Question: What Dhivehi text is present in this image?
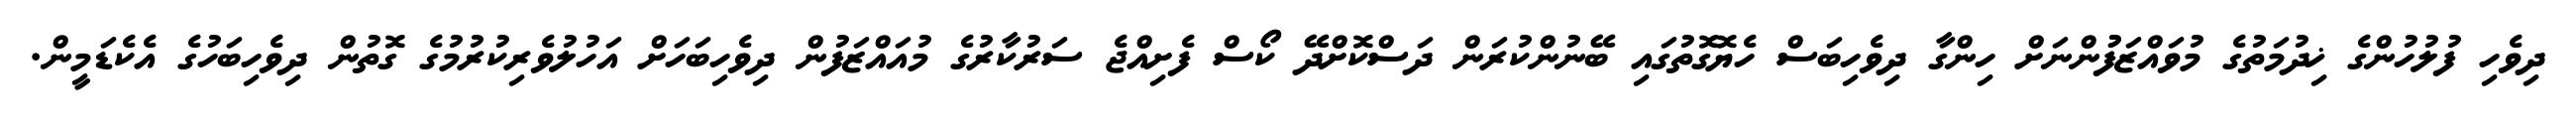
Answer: ދިވެހި ފުލުހުންގެ ޚިދުމަތުގެ މުވައްޒަފުުންނަށް ހިންގާ ދިވެހިބަސް ހެޔޮގޮތުގައި ބޭނުންކުރަން ދަސްކޮށްދޭ ކޯސް ފެށިއްޖެ ސަރުކާރުގެ މުއައްޒަފުން ދިވެހިބަހަށް އަހުލުވެރިކުރުމުގެ ގޮތުން ދިވެހިބަހުގެ އެކެޑަމީން.